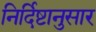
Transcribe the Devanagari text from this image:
निर्दिष्टानुसार